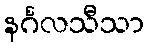
နင်္ဂလသီသာ